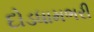
દોડધામભરી